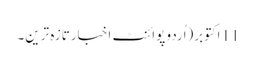
11 اکتوبر(اُردو پوائنٹ اخبارتازہ ترین۔